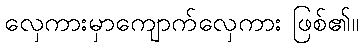
လှေကားမှာကျောက်လှေကား ဖြစ်၏။